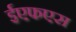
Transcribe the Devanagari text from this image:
ईएफएस